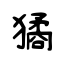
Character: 獝